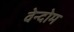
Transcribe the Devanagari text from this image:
वेन्दोम